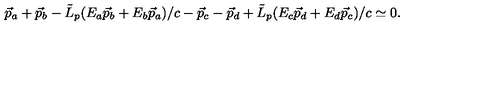
\vec { p } _ { a } + \vec { p } _ { b } - { \tilde { L } } _ { p } ( E _ { a } \vec { p } _ { b } + E _ { b } \vec { p } _ { a } ) / c - \vec { p } _ { c } - \vec { p } _ { d } + { \tilde { L } } _ { p } ( E _ { c } \vec { p } _ { d } + E _ { d } \vec { p } _ { c } ) / c \simeq 0 .